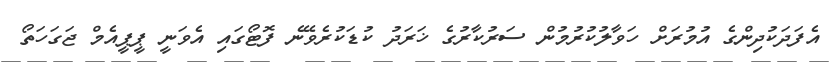
އެފަދަކުދިންގެ އުމުރަށް ހަވާލުކުރުމުން ސަރުކާރުގެ ޚަރަދު ކުޑަކުރެވޭނެ ފޮޓޯގައި އެވަނީ ޕީޕީއެމް ޖަގަހަތޯ